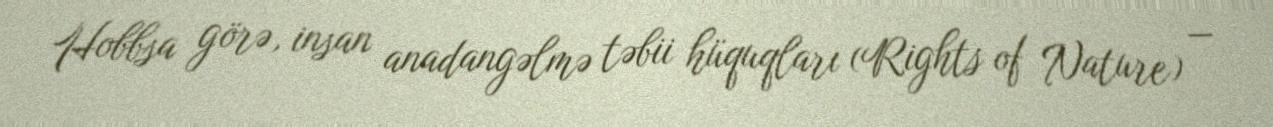
Hobbsa görə, insan anadangəlmə təbii hüquqları (Rights of Nature) —